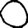
Digit: 0